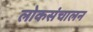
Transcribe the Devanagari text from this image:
लोकसंचालन